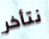
نتأخر